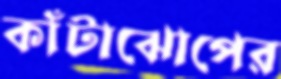
কাঁটাঝোপের